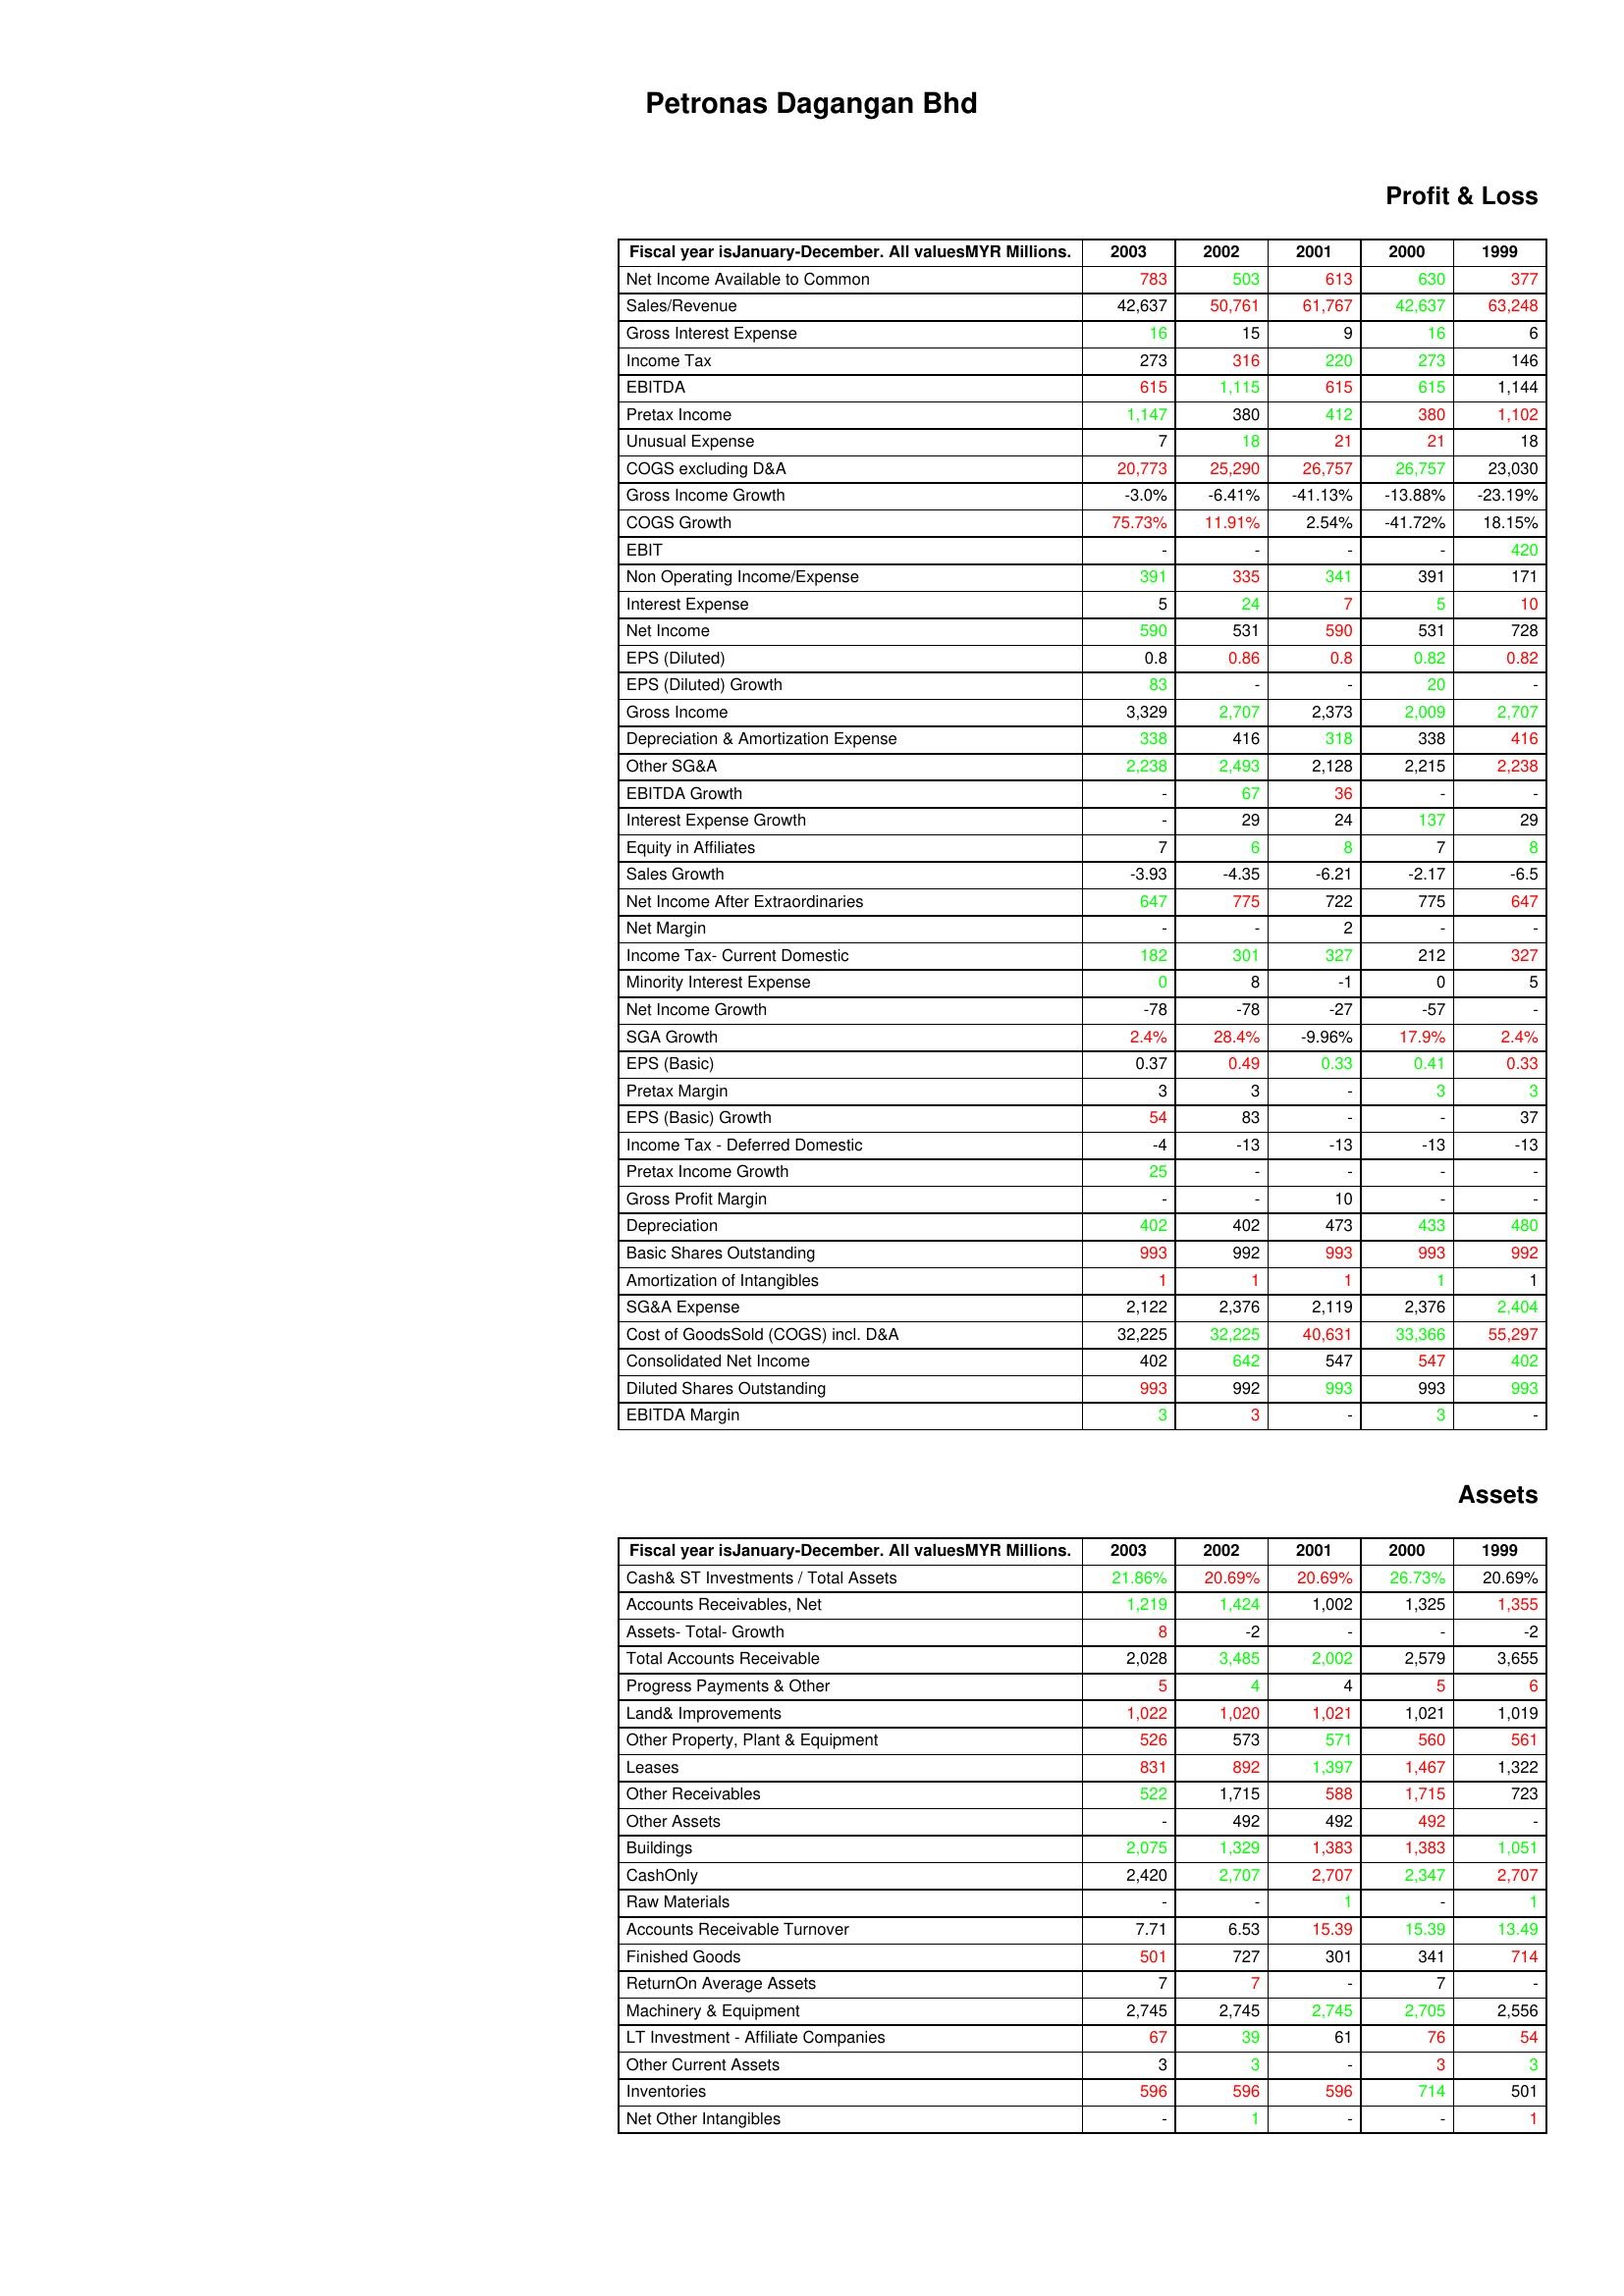
gt_parse: 2003: Profit & Loss: Net Income Available to Common: 783
Sales/Revenue: 42,637
Gross Interest Expense: 16
Income Tax: 273
EBITDA: 615
Pretax Income: 1,147
Unusual Expense: 7
COGS excluding D&A: 20,773
Gross Income Growth: -3.0%
COGS Growth: 75.73%
EBIT: -
Non Operating Income/Expense: 391
Interest Expense: 5
Net Income: 590
EPS (Diluted): 0.8
EPS (Diluted) Growth: 83
Gross Income: 3,329
Depreciation & Amortization Expense: 338
Other SG&A: 2,238
EBITDA Growth: -
Interest Expense Growth: -
Equity in Affiliates: 7
Sales Growth: -3.93
Net Income After Extraordinaries: 647
Net Margin: -
Income Tax- Current Domestic: 182
Minority Interest Expense: 0
Net Income Growth: -78
SGA Growth: 2.4%
EPS (Basic): 0.37
Pretax Margin: 3
EPS (Basic) Growth: 54
Income Tax - Deferred Domestic: -4
Pretax Income Growth: 25
Gross Profit Margin: -
Depreciation: 402
Basic Shares Outstanding: 993
Amortization of Intangibles: 1
SG&A Expense: 2,122
Cost of GoodsSold (COGS) incl. D&A: 32,225
Consolidated Net Income: 402
Diluted Shares Outstanding: 993
EBITDA Margin: 3
Assets: Cash& ST Investments / Total Assets: 21.86%
Accounts Receivables, Net: 1,219
Assets- Total- Growth: 8
Total Accounts Receivable: 2,028
Progress Payments & Other: 5
Land& Improvements: 1,022
Other Property, Plant & Equipment: 526
Leases: 831
Other Receivables: 522
Other Assets: -
Buildings: 2,075
CashOnly: 2,420
Raw Materials: -
Accounts Receivable Turnover: 7.71
Finished Goods: 501
ReturnOn Average Assets: 7
Machinery & Equipment: 2,745
LT Investment - Affiliate Companies: 67
Other Current Assets: 3
Inventories: 596
Net Other Intangibles: -
2002: Profit & Loss: Net Income Available to Common: 503
Sales/Revenue: 50,761
Gross Interest Expense: 15
Income Tax: 316
EBITDA: 1,115
Pretax Income: 380
Unusual Expense: 18
COGS excluding D&A: 25,290
Gross Income Growth: -6.41%
COGS Growth: 11.91%
EBIT: -
Non Operating Income/Expense: 335
Interest Expense: 24
Net Income: 531
EPS (Diluted): 0.86
EPS (Diluted) Growth: -
Gross Income: 2,707
Depreciation & Amortization Expense: 416
Other SG&A: 2,493
EBITDA Growth: 67
Interest Expense Growth: 29
Equity in Affiliates: 6
Sales Growth: -4.35
Net Income After Extraordinaries: 775
Net Margin: -
Income Tax- Current Domestic: 301
Minority Interest Expense: 8
Net Income Growth: -78
SGA Growth: 28.4%
EPS (Basic): 0.49
Pretax Margin: 3
EPS (Basic) Growth: 83
Income Tax - Deferred Domestic: -13
Pretax Income Growth: -
Gross Profit Margin: -
Depreciation: 402
Basic Shares Outstanding: 992
Amortization of Intangibles: 1
SG&A Expense: 2,376
Cost of GoodsSold (COGS) incl. D&A: 32,225
Consolidated Net Income: 642
Diluted Shares Outstanding: 992
EBITDA Margin: 3
Assets: Cash& ST Investments / Total Assets: 20.69%
Accounts Receivables, Net: 1,424
Assets- Total- Growth: -2
Total Accounts Receivable: 3,485
Progress Payments & Other: 4
Land& Improvements: 1,020
Other Property, Plant & Equipment: 573
Leases: 892
Other Receivables: 1,715
Other Assets: 492
Buildings: 1,329
CashOnly: 2,707
Raw Materials: -
Accounts Receivable Turnover: 6.53
Finished Goods: 727
ReturnOn Average Assets: 7
Machinery & Equipment: 2,745
LT Investment - Affiliate Companies: 39
Other Current Assets: 3
Inventories: 596
Net Other Intangibles: 1
2001: Profit & Loss: Net Income Available to Common: 613
Sales/Revenue: 61,767
Gross Interest Expense: 9
Income Tax: 220
EBITDA: 615
Pretax Income: 412
Unusual Expense: 21
COGS excluding D&A: 26,757
Gross Income Growth: -41.13%
COGS Growth: 2.54%
EBIT: -
Non Operating Income/Expense: 341
Interest Expense: 7
Net Income: 590
EPS (Diluted): 0.8
EPS (Diluted) Growth: -
Gross Income: 2,373
Depreciation & Amortization Expense: 318
Other SG&A: 2,128
EBITDA Growth: 36
Interest Expense Growth: 24
Equity in Affiliates: 8
Sales Growth: -6.21
Net Income After Extraordinaries: 722
Net Margin: 2
Income Tax- Current Domestic: 327
Minority Interest Expense: -1
Net Income Growth: -27
SGA Growth: -9.96%
EPS (Basic): 0.33
Pretax Margin: -
EPS (Basic) Growth: -
Income Tax - Deferred Domestic: -13
Pretax Income Growth: -
Gross Profit Margin: 10
Depreciation: 473
Basic Shares Outstanding: 993
Amortization of Intangibles: 1
SG&A Expense: 2,119
Cost of GoodsSold (COGS) incl. D&A: 40,631
Consolidated Net Income: 547
Diluted Shares Outstanding: 993
EBITDA Margin: -
Assets: Cash& ST Investments / Total Assets: 20.69%
Accounts Receivables, Net: 1,002
Assets- Total- Growth: -
Total Accounts Receivable: 2,002
Progress Payments & Other: 4
Land& Improvements: 1,021
Other Property, Plant & Equipment: 571
Leases: 1,397
Other Receivables: 588
Other Assets: 492
Buildings: 1,383
CashOnly: 2,707
Raw Materials: 1
Accounts Receivable Turnover: 15.39
Finished Goods: 301
ReturnOn Average Assets: -
Machinery & Equipment: 2,745
LT Investment - Affiliate Companies: 61
Other Current Assets: -
Inventories: 596
Net Other Intangibles: -
2000: Profit & Loss: Net Income Available to Common: 630
Sales/Revenue: 42,637
Gross Interest Expense: 16
Income Tax: 273
EBITDA: 615
Pretax Income: 380
Unusual Expense: 21
COGS excluding D&A: 26,757
Gross Income Growth: -13.88%
COGS Growth: -41.72%
EBIT: -
Non Operating Income/Expense: 391
Interest Expense: 5
Net Income: 531
EPS (Diluted): 0.82
EPS (Diluted) Growth: 20
Gross Income: 2,009
Depreciation & Amortization Expense: 338
Other SG&A: 2,215
EBITDA Growth: -
Interest Expense Growth: 137
Equity in Affiliates: 7
Sales Growth: -2.17
Net Income After Extraordinaries: 775
Net Margin: -
Income Tax- Current Domestic: 212
Minority Interest Expense: 0
Net Income Growth: -57
SGA Growth: 17.9%
EPS (Basic): 0.41
Pretax Margin: 3
EPS (Basic) Growth: -
Income Tax - Deferred Domestic: -13
Pretax Income Growth: -
Gross Profit Margin: -
Depreciation: 433
Basic Shares Outstanding: 993
Amortization of Intangibles: 1
SG&A Expense: 2,376
Cost of GoodsSold (COGS) incl. D&A: 33,366
Consolidated Net Income: 547
Diluted Shares Outstanding: 993
EBITDA Margin: 3
Assets: Cash& ST Investments / Total Assets: 26.73%
Accounts Receivables, Net: 1,325
Assets- Total- Growth: -
Total Accounts Receivable: 2,579
Progress Payments & Other: 5
Land& Improvements: 1,021
Other Property, Plant & Equipment: 560
Leases: 1,467
Other Receivables: 1,715
Other Assets: 492
Buildings: 1,383
CashOnly: 2,347
Raw Materials: -
Accounts Receivable Turnover: 15.39
Finished Goods: 341
ReturnOn Average Assets: 7
Machinery & Equipment: 2,705
LT Investment - Affiliate Companies: 76
Other Current Assets: 3
Inventories: 714
Net Other Intangibles: -
1999: Profit & Loss: Net Income Available to Common: 377
Sales/Revenue: 63,248
Gross Interest Expense: 6
Income Tax: 146
EBITDA: 1,144
Pretax Income: 1,102
Unusual Expense: 18
COGS excluding D&A: 23,030
Gross Income Growth: -23.19%
COGS Growth: 18.15%
EBIT: 420
Non Operating Income/Expense: 171
Interest Expense: 10
Net Income: 728
EPS (Diluted): 0.82
EPS (Diluted) Growth: -
Gross Income: 2,707
Depreciation & Amortization Expense: 416
Other SG&A: 2,238
EBITDA Growth: -
Interest Expense Growth: 29
Equity in Affiliates: 8
Sales Growth: -6.5
Net Income After Extraordinaries: 647
Net Margin: -
Income Tax- Current Domestic: 327
Minority Interest Expense: 5
Net Income Growth: -
SGA Growth: 2.4%
EPS (Basic): 0.33
Pretax Margin: 3
EPS (Basic) Growth: 37
Income Tax - Deferred Domestic: -13
Pretax Income Growth: -
Gross Profit Margin: -
Depreciation: 480
Basic Shares Outstanding: 992
Amortization of Intangibles: 1
SG&A Expense: 2,404
Cost of GoodsSold (COGS) incl. D&A: 55,297
Consolidated Net Income: 402
Diluted Shares Outstanding: 993
EBITDA Margin: -
Assets: Cash& ST Investments / Total Assets: 20.69%
Accounts Receivables, Net: 1,355
Assets- Total- Growth: -2
Total Accounts Receivable: 3,655
Progress Payments & Other: 6
Land& Improvements: 1,019
Other Property, Plant & Equipment: 561
Leases: 1,322
Other Receivables: 723
Other Assets: -
Buildings: 1,051
CashOnly: 2,707
Raw Materials: 1
Accounts Receivable Turnover: 13.49
Finished Goods: 714
ReturnOn Average Assets: -
Machinery & Equipment: 2,556
LT Investment - Affiliate Companies: 54
Other Current Assets: 3
Inventories: 501
Net Other Intangibles: 1